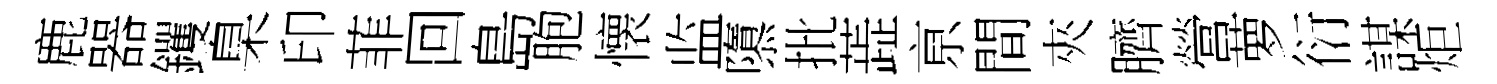
鹿器钁臬印菲回島胞懐监隳批蕋亰間夾臍營萝衍謀炬